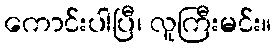
ကောင်းပါပြီ၊ လူကြီးမင်း။